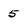
Character: 5